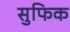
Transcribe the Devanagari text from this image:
सुफिक